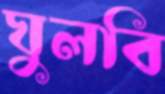
ঘুলবি